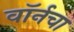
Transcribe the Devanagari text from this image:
वॉर्नचा